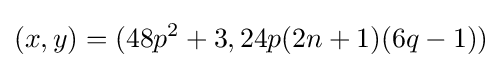
(x,y)=(48p^{2}+3,24p(2n+1)(6q-1))